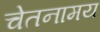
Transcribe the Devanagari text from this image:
चेतनामय